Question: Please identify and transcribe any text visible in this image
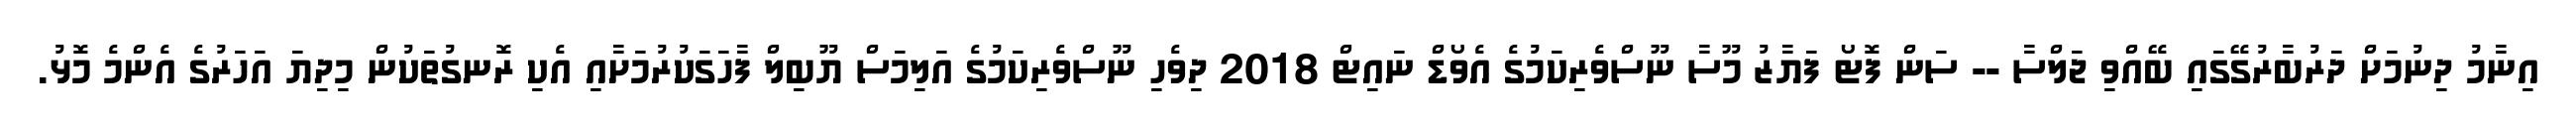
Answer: އިނާމު ދިނުމަށް ދަރުބާރުގޭގައި ބޭއްވި ޖަލްސާ -- ސަން ފޮޓޯ ފަޔާޒު މޫސާ ނޫސްވެރިކަމުގެ އެވޯޑް ނައިޓް 2018 ދިވެހި ނޫސްވެރިކަމުގެ އަލިމަސް ޔޫބިލް ފާހަގަކުރުމަށާއި އެކި ރޮނގުތަކުން މިދިޔަ އަހަރުގެ އެންމެ މޮޅު.